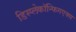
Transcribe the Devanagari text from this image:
डिस्प्लेकॉन्फिगएक्स